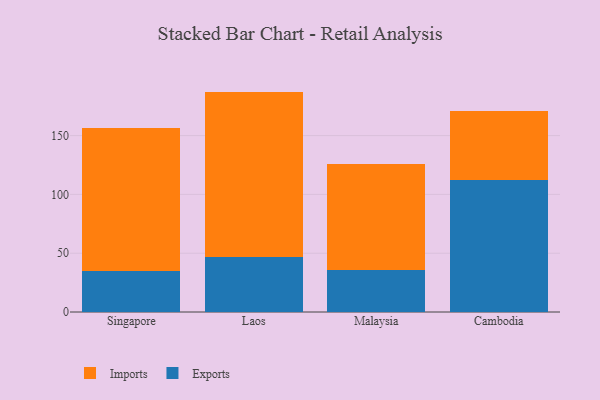
{"axis": {"x": "Country", "y": "Operating Costs (USD K)"}, "legend": ["Exports", "Imports"], "data": [{"x": "Singapore", "y": 35.1, "type": "Exports"}, {"x": "Singapore", "y": 121.4, "type": "Imports"}, {"x": "Laos", "y": 46.5, "type": "Exports"}, {"x": "Laos", "y": 140.9, "type": "Imports"}, {"x": "Malaysia", "y": 35.9, "type": "Exports"}, {"x": "Malaysia", "y": 90.3, "type": "Imports"}, {"x": "Cambodia", "y": 112.3, "type": "Exports"}, {"x": "Cambodia", "y": 58.7, "type": "Imports"}]}